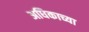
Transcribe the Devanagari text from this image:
अधिकाच्या